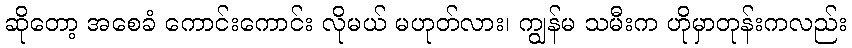
ဆိုတော့ အစေခံ ကောင်းကောင်း လိုမယ် မဟုတ်လား၊ ကျွန်မ သမီးက ဟိုမှာတုန်းကလည်း